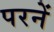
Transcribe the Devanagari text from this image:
परनें